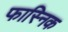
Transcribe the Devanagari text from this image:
फास्निक